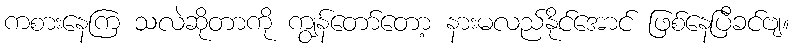
ကစားနေကြ သလဲဆိုတာကို ကျွန်တော်တော့ နားမလည်နိုင်အောင် ဖြစ်နေပြီခင်ဗျ။